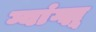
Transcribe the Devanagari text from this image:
ग्वांग्झू